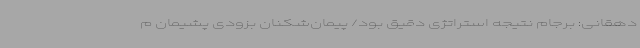
دهقانی: برجام نتیجه استراتژی دقیق بود/ پیمان‌شکنان بزودی پشیمان م